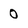
Character: 0